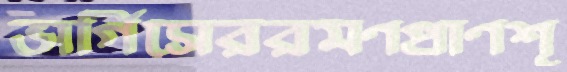
ভার্গিসেররমণপ্রাণশূ